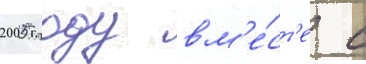
2005 году вм'е́ст'е с